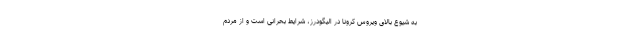
به شیوع بالای ویروس کرونا در الیگودرز، شرایط بحرانی است و از مردم